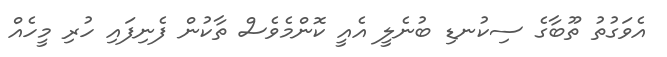
އެވަގުތު ތޫބާގެ ސިކުނޑި ބުނެލީ އެއީ ކޮންމެވެސް ތާކުން ފެނިފައި ހުރި މީހެއް